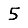
Digit: 5